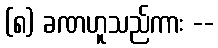
(၈) ခဏဟူသည်ကား --